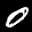
Label: 0